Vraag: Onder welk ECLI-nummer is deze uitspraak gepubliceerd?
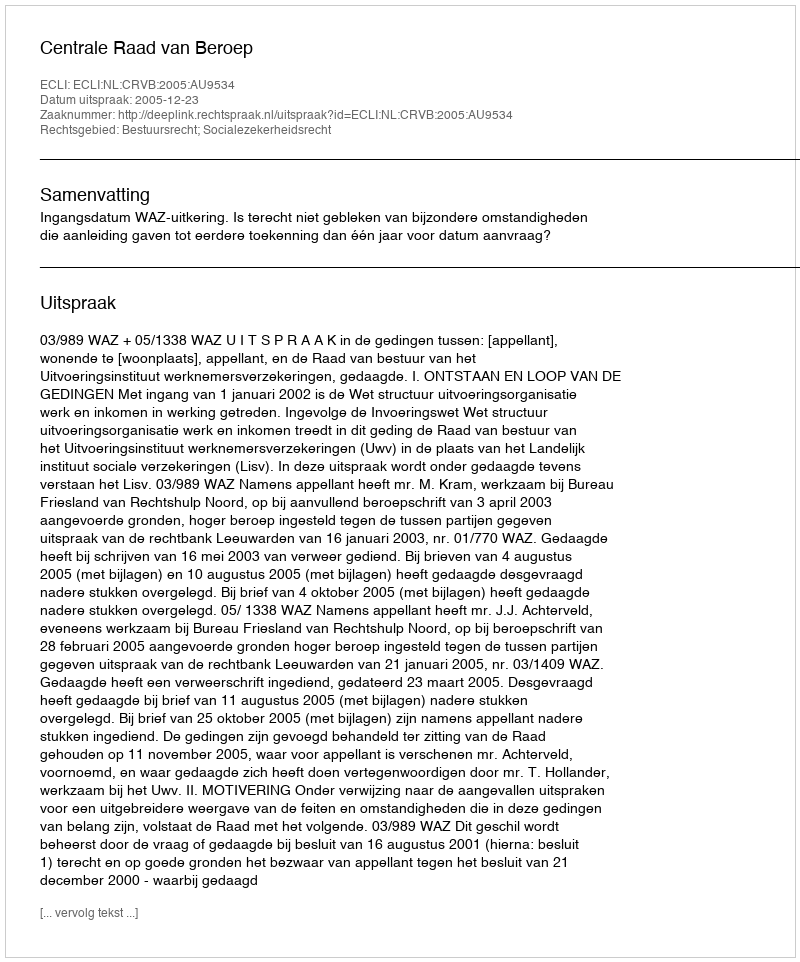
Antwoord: ECLI:NL:CRVB:2005:AU9534